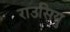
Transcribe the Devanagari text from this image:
राउसियु